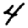
Digit: 4